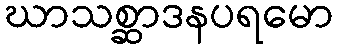
ဃာသစ္ဆာဒနပရမော